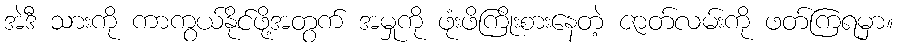
အဲဒီ သားကို ကာကွယ်နိုင်ဖို့အတွက် အမှုကို ဖုံးဖိကြိုးစားနေတဲ့ ဇာတ်လမ်းကို ဖတ်ကြရမှာ။